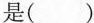
是（ ）